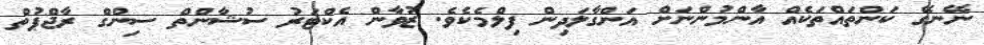
ނޭނގޭ ކަންތައްތަކެއް އާންމުންނަށް އަންގާލަދިން ފިލްމެކެވެ. ޒުވާން އެކްޓަރު ސުޝާންތް ސިންގް ރާޖްޕުތް